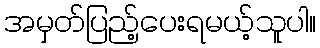
အမှတ်ပြည့်ပေးရမယ့်သူပါ။